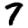
Digit: 7